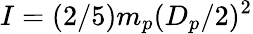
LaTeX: I=(2/5)m_{p}(D_{p}/2)^{2}